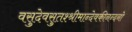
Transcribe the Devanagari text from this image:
वसुदेवसुतश्श्रीमान्देवकीनन्दनो